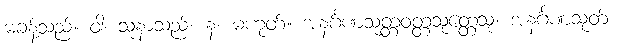
မခန့်သည်။ ဝါ၊ သူနာသည်။ န၊ မဟုတ်။ အနင်္ဂဏသုတ္တဝတ္တသုတ္တေသု၊ အနင်္ဂဏသုတ်